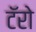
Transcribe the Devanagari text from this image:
टॅरो